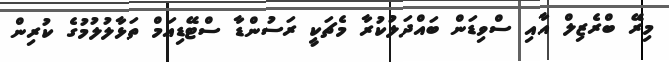
މިރޭ ބްރެޒިލް އާއި ސްވިޑަން ބައްދަލުކުރާ މެޗަކީ ރަސުންޑާ ސްޓޭޑިއަމް ތަޅާލުލުމުގެ ކުރިން